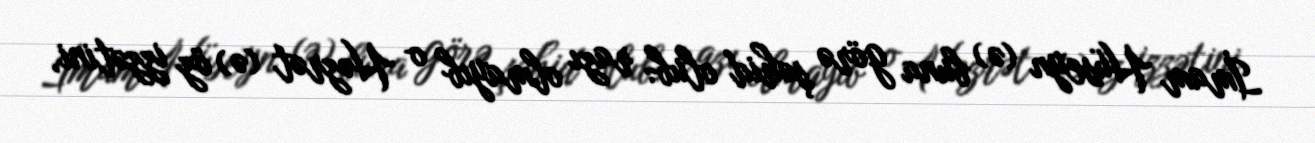
İmam Hüseyn (ə) buna görə şəhid olub: razı olmayıb o Həzrət (ə) öz izzətini,